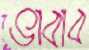
ভাবাব